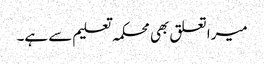
میرا تعلق بھی محکمہ تعلیم سے ہے۔